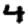
Digit: 4